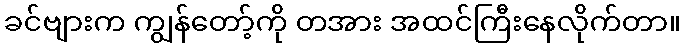
ခင်ဗျားက ကျွန်တော့်ကို တအား အထင်ကြီးနေလိုက်တာ။